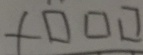
+ \square \square \square